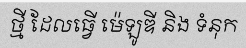
ថ្មី ដែលធ្វើ ម៉េឡូឌី និង ទំនុក